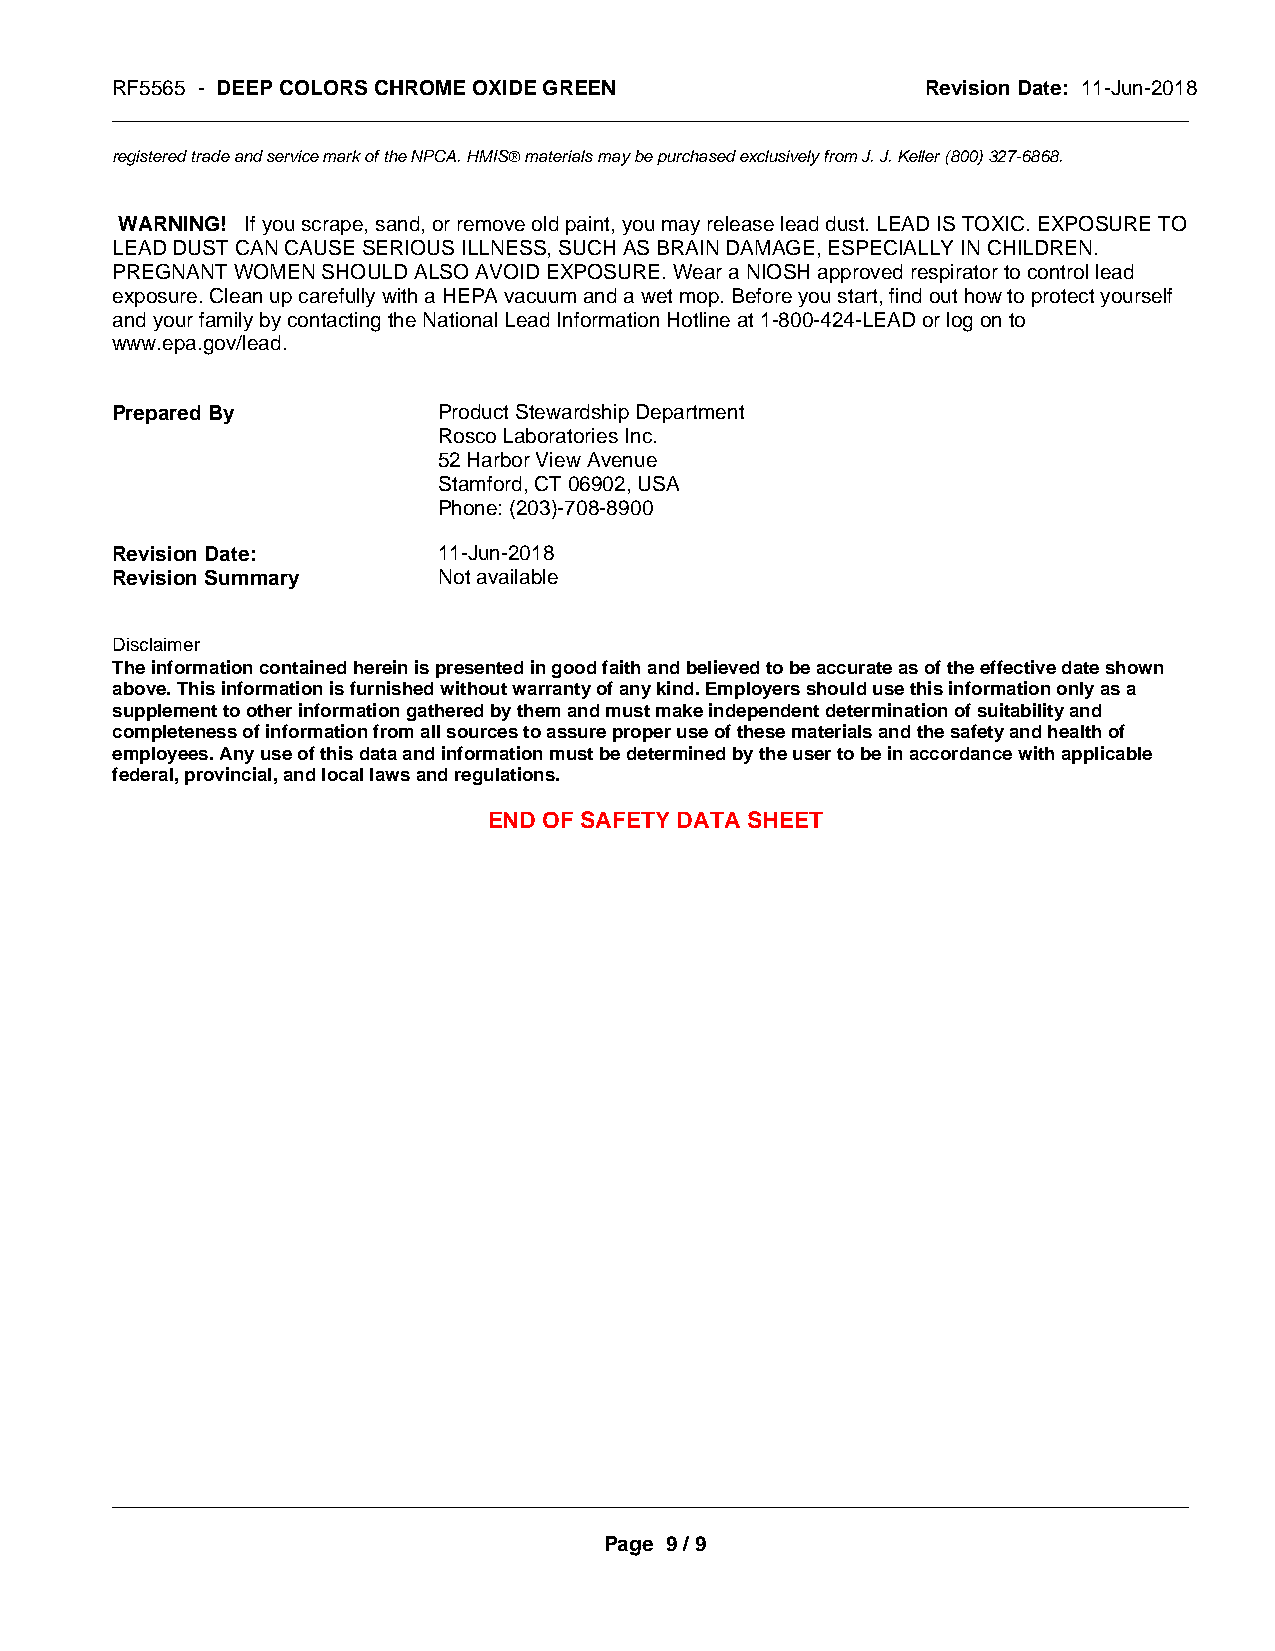
RF5565 - DEEP COLORS CHROME OXIDE GREEN               Revision Date: 11-Jun-2018
 _____________________________________________________________________________________________
 registered trade and service mark of the NPCA. HMISÒ materials may be purchased exclusively from J. J. Keller (800) 327-6868.
 WARNING! If you scrape, sand, or remove old paint, you may release lead dust. LEAD IS TOXIC. EXPOSURE TO
 LEAD DUST CAN CAUSE SERIOUS ILLNESS, SUCH AS BRAIN DAMAGE, ESPECIALLY IN CHILDREN.
 PREGNANT WOMEN SHOULD ALSO AVOID EXPOSURE. Wear a NIOSH approved respirator to control lead
 exposure. Clean up carefully with a HEPA vacuum and a wet mop. Before you start, find out how to protect yourself
 and your family by contacting the National Lead Information Hotline at 1-800-424-LEAD or log on to
 www.epa.gov/lead.
 Prepared By           Product Stewardship Department
 Rosco Laboratories Inc.
 52 Harbor View Avenue
 Stamford, CT 06902, USA
 Phone: (203)-708-8900
 Revision Date:        11-Jun-2018
 Revision Summary      Not available
 Disclaimer
 The information contained herein is presented in good faith and believed to be accurate as of the effective date shown
 above. This information is furnished without warranty of any kind. Employers should use this information only as a
 supplement to other information gathered by them and must make independent determination of suitability and
 completeness of information from all sources to assure proper use of these materials and the safety and health of
 employees. Any use of this data and information must be determined by the user to be in accordance with applicable
 federal, provincial, and local laws and regulations.
 END OF SAFETY DATA SHEET
 _____________________________________________________________________________________________
 Page 9 / 9